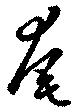
奄